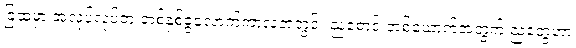
ခြံထဲမှာ အလုပ်လုပ်တဲ့ တစ်နှစ်ခွဲလောက်ကာလအတွင်း ညစောင့် တစ်ယောက်အတွက် ညတွေဟာ